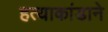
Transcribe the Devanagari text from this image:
हत्याकांडाने